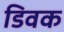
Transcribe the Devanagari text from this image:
डिवक